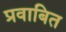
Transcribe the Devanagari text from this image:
प्रवाबित